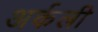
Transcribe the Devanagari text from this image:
अर्कली